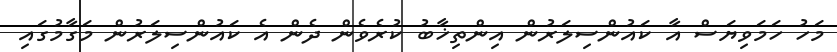
މަހު ހަމަވިޔަސް އާ ކައުންސިލަރުން އިންތިޚާބު ކުރެވެން ދެން އެ ކައުންސިލަރުން މަގާމުގައި